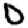
Digit: 0